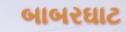
બાબરઘાટ